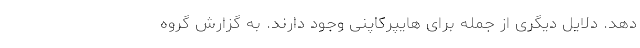
دهد. دلایل دیگری از جمله برای هایپرکاپنی وجود دارند. به گزارش گروه